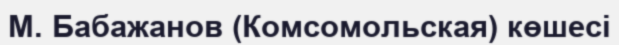
М. Бабажанов (Комсомольская) көшесі